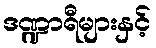
ဒဏ္ဍာရီများနှင့်